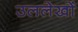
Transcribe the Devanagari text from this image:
उललेखों